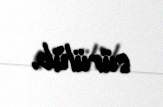
sürülüb.